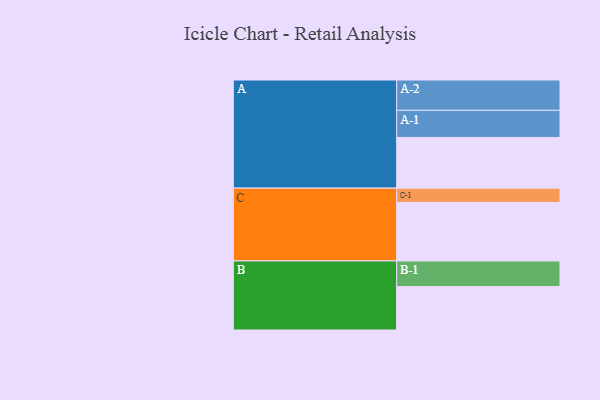
{"axis": {"x": "Segment", "y": "Value"}, "legend": ["", "A", "B", "C"], "data": [{"x": "A", "y": 446, "type": ""}, {"x": "B", "y": 383, "type": ""}, {"x": "C", "y": 515, "type": ""}, {"x": "A-1", "y": 239, "type": "A"}, {"x": "A-2", "y": 267, "type": "A"}, {"x": "B-1", "y": 225, "type": "B"}, {"x": "C-1", "y": 126, "type": "C"}]}